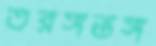
তরঙ্গভঙ্গ